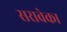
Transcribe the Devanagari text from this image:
सरावेका